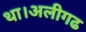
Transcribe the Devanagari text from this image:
था।अलीगढ